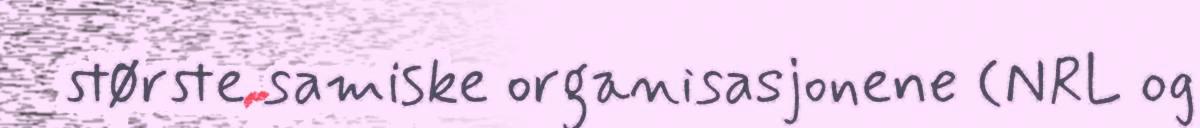
største samiske organisasjonene (NRL og